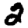
Digit: 2